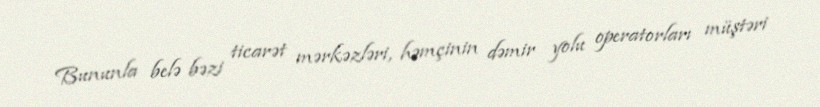
Bununla belə bəzi ticarət mərkəzləri, həmçinin dəmir yolu operatorları müştəri